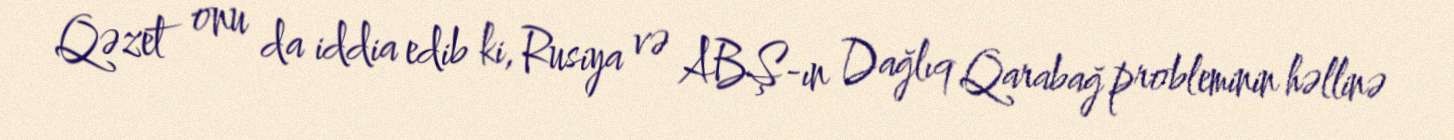
Qəzet onu da iddia edib ki, Rusiya və ABŞ-ın Dağlıq Qarabağ probleminin həllinə